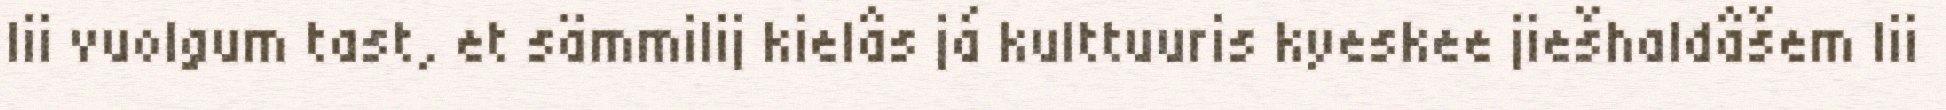
lii vuolgum tast, et sämmilij kielâs já kulttuuris kyeskee jiešhaldâšem lii